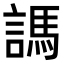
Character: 𧪨